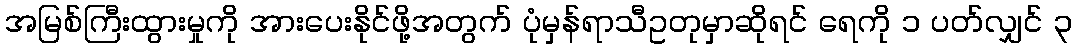
အမြစ်ကြီးထွားမှုကို အားပေးနိုင်ဖို့အတွက် ပုံမှန်ရာသီဥတုမှာဆိုရင် ရေကို ၁ ပတ်လျှင် ၃